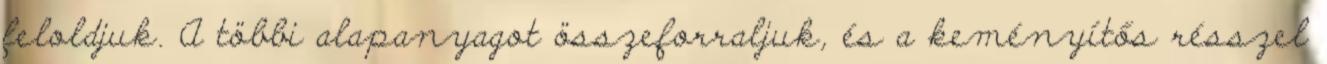
feloldjuk. A többi alapanyagot összeforraljuk, és a keményítős résszel